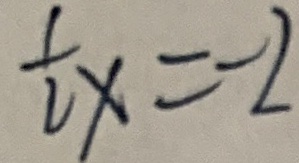
\frac { 1 } { 2 } x = - 2